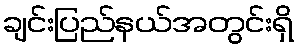
ချင်းပြည်နယ်အတွင်းရှိ